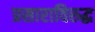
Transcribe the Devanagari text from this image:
प्रसाराविरुद्ध